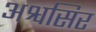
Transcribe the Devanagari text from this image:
अश्वसिर